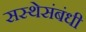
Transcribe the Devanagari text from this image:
सस्थेसंबंधी